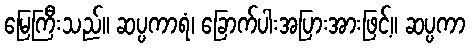
မြေကြီးသည်။ ဆပ္ပကာရံ၊ ခြောက်ပါးအပြားအားဖြင့်။ ဆပ္ပကာ